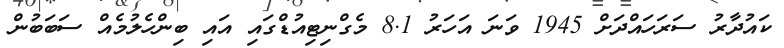
ކައުދާރު ސަރަހައްދަށް 1945 ވަނަ އަހަރު 8.1 މެގްނިޓިއުޑްގައި އައި ބިންހެލުމެއް ސަބަބުން